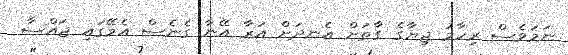
ނަމަވެސް ރިހާމު ޖިޔާގެ ގާތަށް އެނދަށް އަރާ އޭނާ ގެނެސް އެމޭގައި ޖައްސާ